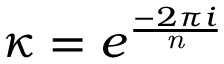
\kappa = e ^ { \frac { - 2 \pi i } { \textit { n } } }